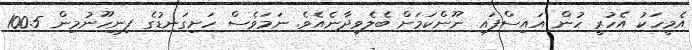
އެމީހަކު އެހުރީ ހުން އައިސްފައި ނޫންކަމަށް ބެލެވިދާނެއެވެ. ނަމަވެސް ހަށިގަނޑުގެ ފިނިހޫނުމިން 100.5